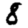
Digit: 8